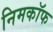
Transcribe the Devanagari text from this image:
निमकॉफ